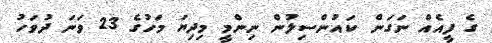
ގެ ފީއެއް ނަގަން ކައުންސިލުން ނިންމީ މިދިޔަ މަހުގެ 23 ވަނަ ދުވަހު